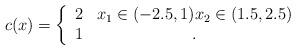
LaTeX: \begin{align*}c(x) = \left\{ \begin{array}{cc} 2 & x_1 \in (-2.5,1) x_2 \in (1.5, 2.5)\\ 1 & . \end{array}\right.\end{align*}